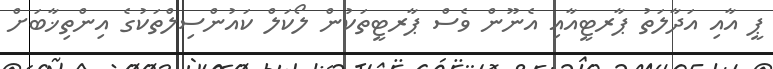
ޕީ އާއި އަދާލަތު ޕާރޓީއާއި އެނޫން ވެސް ޕާރޓީތަކުން ލޯކަލް ކައުންސިލްތަކުގެ އިންތިޚާބަށް